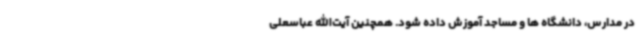
در مدارس، دانشگاه ها و مساجد آموزش داده شود. همچنین آیت‌الله عباسعلی